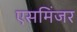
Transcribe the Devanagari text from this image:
एसमिंजर